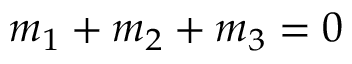
{ m _ { 1 } + m _ { 2 } + m _ { 3 } = 0 }